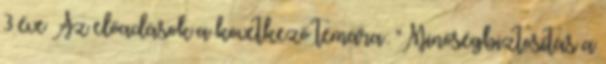
3 éve Az előadások a következő témára: "Minőségbiztosítás a